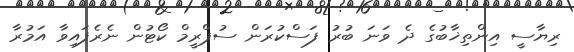
ރިޔާސީ އިންތިޚާބުގެ ދެ ވަނަ ބުރު ފަސްކުރަން ސުޕްރީމް ކޯޓުން ނެރެފައިވާ އަމުރާ